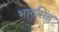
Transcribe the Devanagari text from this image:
भागसिंह